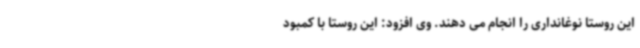
این روستا نوغانداری را انجام می دهند. وی افزود: این روستا با کمبود